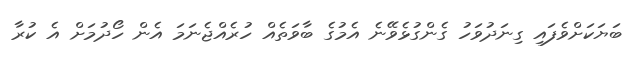
ބަޔަކަށްވެފައި ގިނަދުވަހު ގެންގުޅެވޭނެ އެމުގެ ބާވަތެއް ހުރެއްޖެނަމަ އެން ހޯދުމަށް އެ ކުރާ